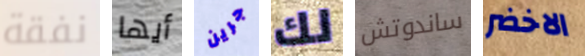
نفقة أيها جرين لك ساندوتش الاخضر